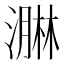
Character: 𭲡